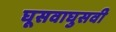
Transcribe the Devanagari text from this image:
घूसवाघुसवी